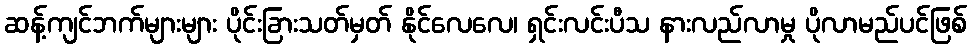
ဆန့်ကျင်ဘက်များများ ပိုင်းခြားသတ်မှတ် နိုင်လေလေ၊ ရှင်းလင်းပီသ နားလည်လာမှု ပိုလာမည်ပင်ဖြစ်